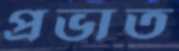
প্রভাত